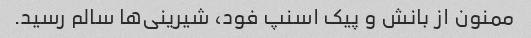
ممنون از بانش و پیک اسنپ فود، شیرینی‌ها سالم رسید.